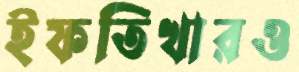
ইফতিখারও